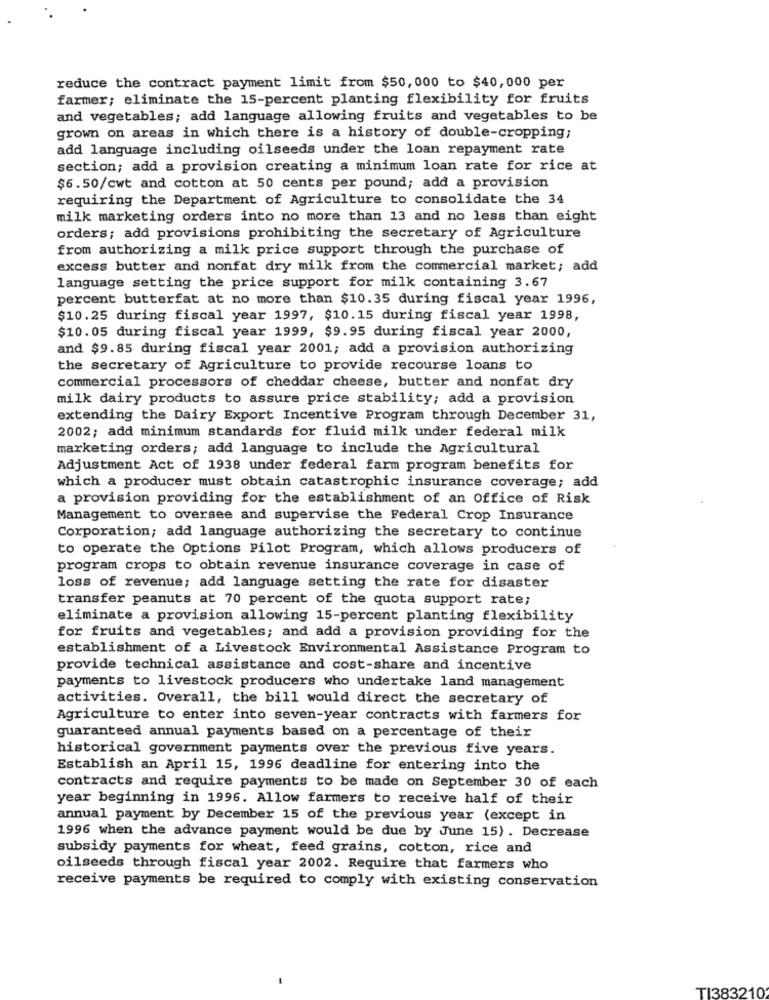
reduce the contract payment limit from $50,000 to $40,000 per
farmer; eliminate the 15-percent planting flexibility for fruits
and vegetables; add language allowing fruits and vegetables to be
grown on areas in which there is a history of double-cropping;
add language including oilseeds under the loan repayment rate
section; add a provision creating a minimum loan rate for rice at
$6.50/cwt and cotton at 50 cents per pound; add a provision
requiring the Department of Agriculture to consolidate the 34
milk marketing orders into no more than 13 and no less than eight
orders; add provisions prohibiting the secretary of Agriculture
from authorizing a milk price support through the purchase of
excess butter and nonfat dry milk from the commercial market; add
language setting the price support for milk containing 3.67
percent butterfat at no more than $10.35 during fiscal year 1996,
$10.25 during fiscal year 1997, $10.15 during fiscal year 1998,
$10.05 during fiscal year 1999, $9.95 during fiscal year 2000,
and $9.85 during fiscal year 2001; add a provision authorizing
the secretary of Agriculture to provide recourse loans to
commercial processors of cheddar cheese, butter and nonfat dry
milk dairy products to assure price stability; add a provision
extending the Dairy Export Incentive Program through December 31,
2002; add minimum standards for fluid milk under federal milk
marketing orders; add language to include the Agricultural
Adjustment Act of 1938 under federal farm program benefits for
which a producer must obtain catastrophic insurance coverage; add
a provision providing for the establishment of an Office of Risk
Management to oversee and supervise the Federal Crop Insurance
Corporation; add language authorizing the secretary to continue
to operate the Options Pilot Program, which allows producers of
program crops to obtain revenue insurance coverage in case of
loss of revenue; add language setting the rate for disaster
transfer peanuts at 70 percent of the quota support rate;
eliminate a provision allowing 15-percent planting flexibility
for fruits and vegetables; and add a provision providing for the
establishment of a Livestock Environmental Assistance Program to
provide technical assistance and cost-share and incentive
payments to livestock producers who undertake land management
activities. Overall, the bill would direct the secretary of
Agriculture to enter into seven-year contracts with farmers for
guaranteed annual payments based on a percentage of their
historical government payments over the previous five years.
Establish an April 15, 1996 deadline for entering into the
contracts and require payments to be made on September 30 of each
year beginning in 1996. Allow farmers to receive half of their
annual payment by December 15 of the previous year (except in
1996 when the advance payment would be due by June 15) . Decrease
subsidy payments for wheat, feed grains, cotton, rice and
oilseeds through fiscal year 2002. Require that farmers who
receive payments be required to comply with existing conservation
TI383210